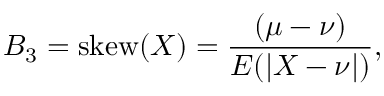
B _ { 3 } = \mathrm { s k e w } ( X ) = { \frac { ( \mu - \nu ) } { E ( | X - \nu | ) } } ,